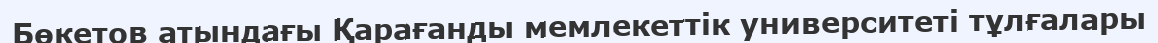
Бөкетов атындағы Қарағанды мемлекеттік университеті тұлғалары